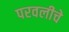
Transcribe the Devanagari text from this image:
परवलीचे